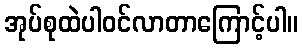
အုပ်စုထဲပါဝင်လာတာကြောင့်ပါ။